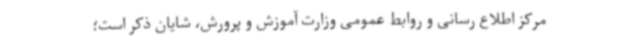
مرکز اطلاع رسانی و روابط عمومی وزارت آموزش و پرورش، شایان ذکر است؛